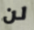
لن